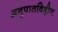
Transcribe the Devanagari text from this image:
अनुपातविहीन